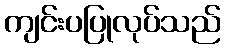
ကျင်းပပြုလုပ်သည်